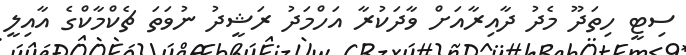
ސިޓީ ހިތަދޫ މެދު ދާއިރާއަށް ވާދަކުރާ އަހްމަދު ރަޝީދު ނުވަތަ ޗެކްމާކްގެ އާއިލީ